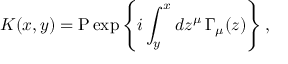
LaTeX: K ( x , y ) = \mathrm { P } \exp \left\{ i \int _ { y } ^ { x } d z ^ { \mu } \, \Gamma _ { \mu } ( z ) \right\} ,